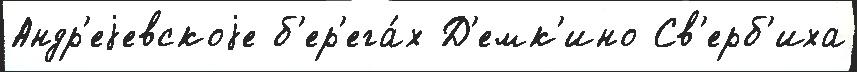
Андр'еjевскоjе б'ер'ега́х Д'емк'ино Св'ерб'иха